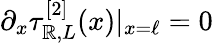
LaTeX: \partial_{x}\tau_{\mathbb{R},L}^{[2]}(x)|_{x=\ell}=0